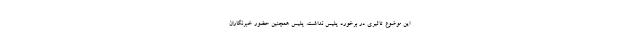
این موضوع تاثیری در برخورد پلیس نداشت. پلیس همچنین حضور خبرنگاران